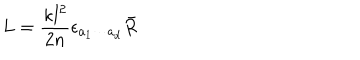
LaTeX: L = \frac { \kappa l ^ { 2 } } { 2 n } \epsilon _ { a _ { 1 } \cdots a _ { d } } \bar { R }